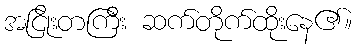
အငြိုးတကြီး ဆက်တိုက်ထိုးနေ၏။